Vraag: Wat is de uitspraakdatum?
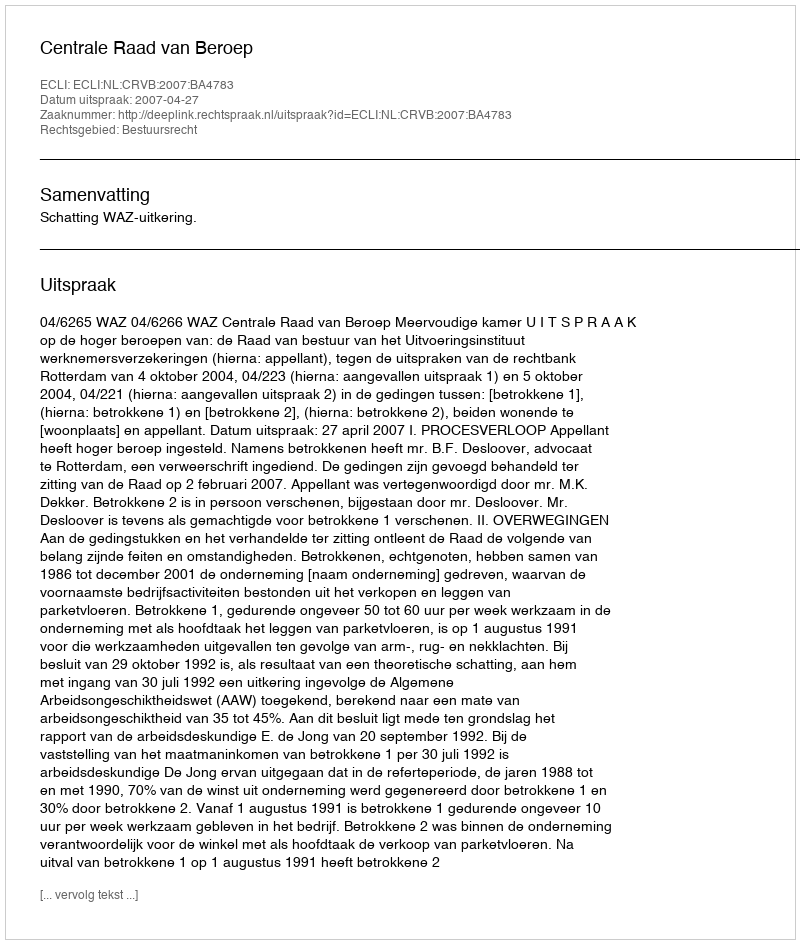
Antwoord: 2007-04-27